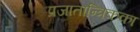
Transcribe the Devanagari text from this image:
प्रजातान्त्रिकका